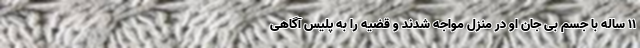
۱۱ ساله با جسم بی جان او در منزل مواجه شدند و قضیه را به پلیس آگاهی